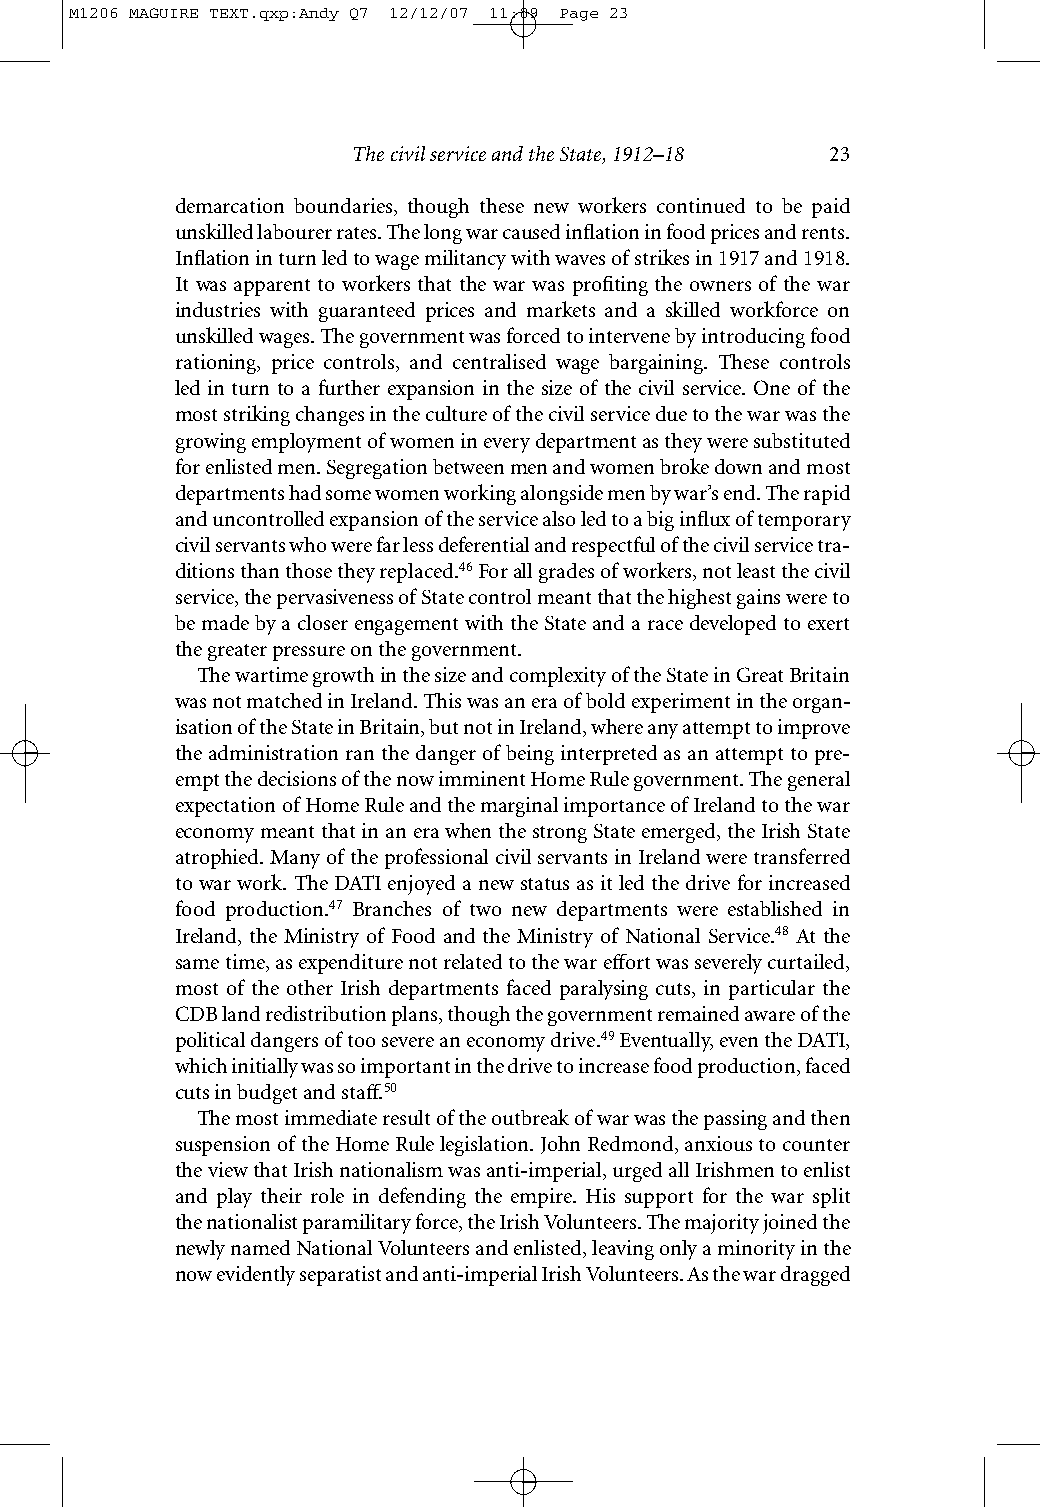
M1206 MAGUIRE TEXT.qxp:Andy Q7 12/12/07 11:09 Page 23
 The civil service and the State, 1912–18 23
 demarcation boundaries, though these new workers continued to be paid
 unskilled labourer rates. The long war caused inflation in food prices and rents.
 Inflation in turn led to wage militancy with waves of strikes in 1917 and 1918.
 It was apparent to workers that the war was profiting the owners of the war
 industries with guaranteed prices and markets and a skilled workforce on
 unskilled wages. The government was forced to intervene by introducing food
 rationing, price controls, and centralised wage bargaining. These controls
 led in turn to a further expansion in the size of the civil service. One of the
 moststriking changes in the culture of the civil service due to the war was the
 growing employment of women in every department as they were substituted
 for enlisted men. Segregation between men and women broke down and most
 departments had some women working alongside men by war’s end. The rapid
 and uncontrolled expansion of the service also led to a big influx of temporary
 civil servants who were far less deferential and respectful of the civil service tra-
 ditions than those they replaced.46For all grades of workers, not least the civil
 service, the pervasiveness of State control meant that the highest gains were to
 be made by a closer engagement with the State and a race developed to exert
 the greater pressure on the government.
 The wartime growth in the size and complexity of the State in Great Britain
 was not matched in Ireland. This was an era of bold experiment in the organ-
 isation of the State in Britain, but not in Ireland, where any attempt to improve
 the administration ran the danger of being interpreted as an attempt to pre-
 empt the decisions of the now imminent Home Rule government. The general
 expectation of Home Rule and the marginal importance of Ireland to the war
 economy meant that in an era when the strong State emerged, the Irish State
 atrophied. Many of the professional civil servants in Ireland were transferred
 to war work. The DATI enjoyed a new status as it led the drive for increased
 food production.47 Branches of two new departments were established in
 Ireland, the Ministry of Food and the Ministry of National Service.48 At the
 same time, as expenditure not related to the war effort was severely curtailed,
 most of the other Irish departments faced paralysing cuts, in particular the
 CDB land redistribution plans, though the government remained aware of the
 political dangers of too severe an economy drive.49Eventually, even the DATI,
 which initially was so important in the drive to increase food production, faced
 cuts in budget and staff.50
 The most immediate result of the outbreak of war was the passing and then
 suspension of the Home Rule legislation. John Redmond, anxious to counter
 the view that Irish nationalism was anti-imperial, urged all Irishmen to enlist
 and play their role in defending the empire. His support for the war split
 thenationalist paramilitary force, the Irish Volunteers. The majority joined the
 newly named National Volunteers and enlisted, leaving only a minority in the
 now evidently separatist and anti-imperial Irish Volunteers. As the war dragged